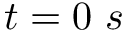
t = 0 ~ s